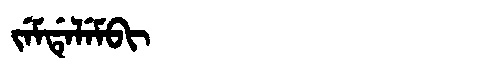
Manchu: ᠵᡝᠮᡩᡝᠯᡝᠮᠪᡳ
Romanization: JEMDELEMBI